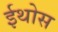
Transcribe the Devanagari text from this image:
ईथोस